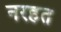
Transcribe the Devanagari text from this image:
नरहत